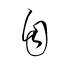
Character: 自